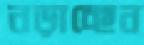
নড়াচ্ছেন